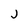
Character: j